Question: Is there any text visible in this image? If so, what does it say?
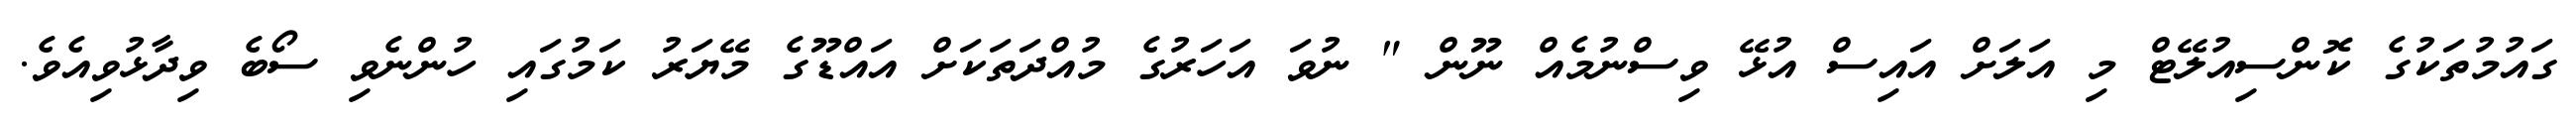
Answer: ގައުމުތަކުގެ ކޮންސިއުލޭޓް މި އަލަށް އައިސް އުޅޭ ވިސްނުމެއް ނޫން " ނުވަ އަހަރުގެ މުއްދަތަކަށް އައްޑޫގެ މޭޔަރު ކަމުގައި ހުންނެވި ސޯބެ ވިދާޅުވިއެވެ.